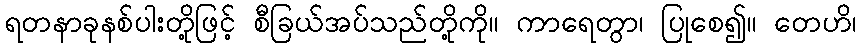
ရတနာခုနစ်ပါးတို့ဖြင့် စီခြယ်အပ်သည်တို့ကို။ ကာရေတွာ၊ ပြုစေ၍။ တေဟိ၊